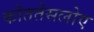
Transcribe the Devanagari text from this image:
कोततेसलोए